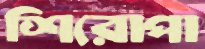
শিরোপা